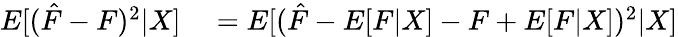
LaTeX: \begin{array}{rl}{E[(\hat{F}-F)^{2}|X]}&{{}=E[(\hat{F}-E[F|X]-F+E[F|X])^{2}|X]}\end{array}